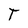
Character: T